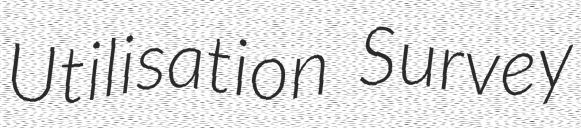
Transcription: Utilisation Survey